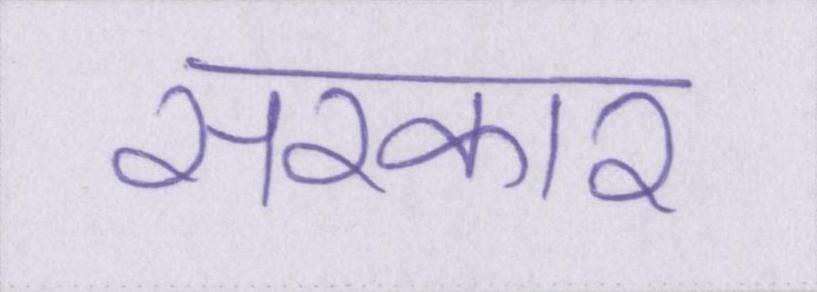
सरकार